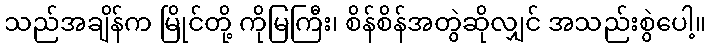
သည်အချိန်က မြိုင်တို့ ကိုမြကြီး၊ စိန်စိန်အတွဲဆိုလျှင် အသည်းစွဲပေါ့။